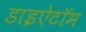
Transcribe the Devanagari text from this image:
डाइऐटॉम